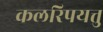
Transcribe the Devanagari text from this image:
कलरिपयत्तु